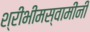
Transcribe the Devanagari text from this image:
श्रीभीमस्वामींनी